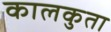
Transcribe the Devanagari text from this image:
कालकुता